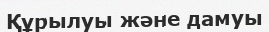
Құрылуы және дамуы